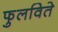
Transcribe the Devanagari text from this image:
फुलविते